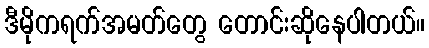
ဒီမိုကရက်အမတ်တွေ တောင်းဆိုနေပါတယ်။